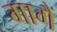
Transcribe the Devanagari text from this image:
गागैं